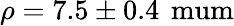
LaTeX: \rho=7.5\pm 0.4\, \mathrm{{\ mum}}